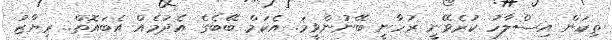
ތިކަން އިސްލާހު ކުރެވޭނީ ރުހާނީ ބޭނުންވީމަ. އެކަމް ބޭބެގެ އެދުމެއް އެބައޮތް.. ރިޔާޒު